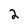
Character: 2